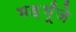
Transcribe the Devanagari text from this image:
भड़भूँजे